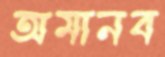
অমানব